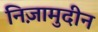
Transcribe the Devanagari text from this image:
निज़ामुदीन